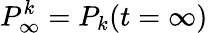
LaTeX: P_{\infty}^{k}=P_{k}(t=\infty)